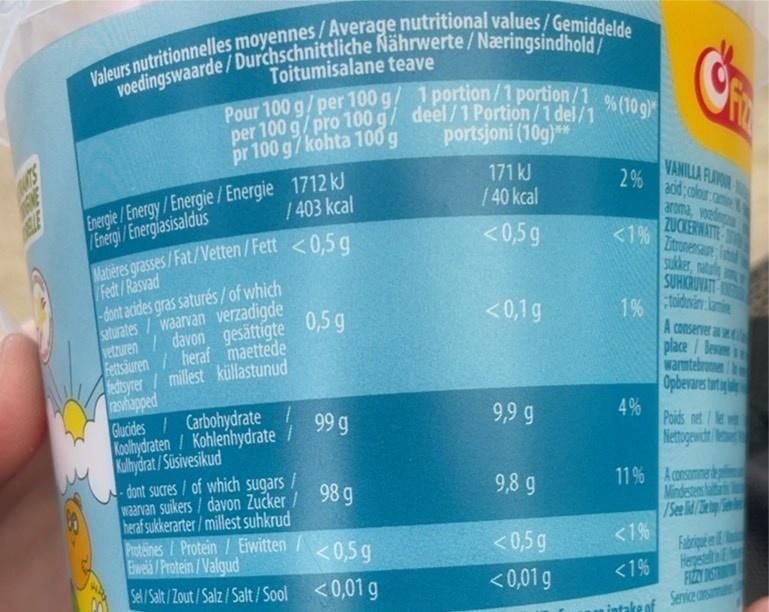
Valeurs nutritionnelles moyennes/Average nutritional values/Gemiddelde
voedingswaarde / Durchschnittliche Nährwerte/Næringsindhold/
Pour 100 g/ per 100 g/ 1 portion /1 portion/1
per 100 g/pro 100 g/ deel/1 Portion/1 del/1 portsjoni (10g)**
% (10 g)*
pr 100 g/kohta 100 g
Energie /Energy/Energie / Energie 1712 kJ Energi / Energlasisaldus
VANILLA FLAVO 2% acid;calor
171 kJ /40 kcal
/403 kcal
aroma, voed ZUCKERWATTE Iitronensaue sukker, natuly SUHKRUVAT
<0,5 g
Matières grasses/Fat/Vetten/Fett <0,5 g /Fedt/Rasvad -dont acides gras saturés/of which saturates/waarvan verzadigde vetzuren /davon gesättigte 0,5 g Fettsäuren/heraf maettede edtsyrer/millest küllastunud ashapped Glucides / Carbohydrate Koohydraten/ Kohlenhydrate Kulhydrat / Súsivesikud - dont sucres/ of which sugars / waarvan suikers / davon Zučker / 98 g heraf sukkerarter/millest suhkrud Proteines/Protein / Eiwitten / Eweiä /Protein /Valgud
<0,1g
1%
toidovin kamie
A conserver a e
place/Bewan warmtebronmen/
Opbevars tnta
99 g
9,9 g
4% Poids net /Ne w
Nettogewidt
11% A cansmnere Mindestes ab /Seelid Tety <1% Fabripe e Hergestal
9,8 g
<0,5 g
<0,5g
< 0,01 g
<1%
FIZY DSTRO Senvice ansum
Sel/Salt/Zout/Salz/Salt/ Sool <0,01 g
ke of